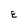
Character: E